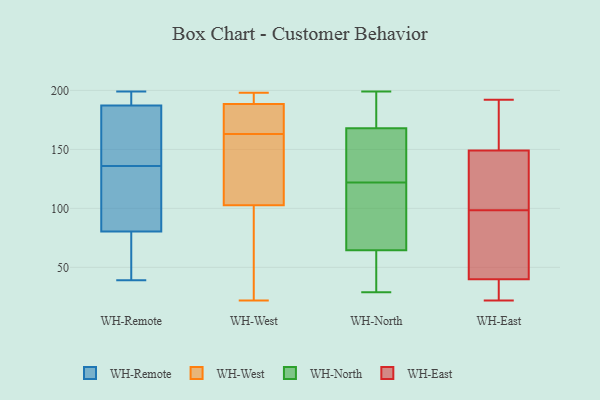
{"axis": {"x": "Production Output", "y": "Value"}, "legend": ["WH-East", "WH-North", "WH-Remote", "WH-West"], "data": [{"x": "", "y": 93, "type": "WH-Remote"}, {"x": "", "y": 82, "type": "WH-Remote"}, {"x": "", "y": 142, "type": "WH-Remote"}, {"x": "", "y": 52, "type": "WH-Remote"}, {"x": "", "y": 188, "type": "WH-Remote"}, {"x": "", "y": 187, "type": "WH-Remote"}, {"x": "", "y": 76, "type": "WH-Remote"}, {"x": "", "y": 199, "type": "WH-Remote"}, {"x": "", "y": 39, "type": "WH-Remote"}, {"x": "", "y": 89, "type": "WH-Remote"}, {"x": "", "y": 156, "type": "WH-Remote"}, {"x": "", "y": 136, "type": "WH-Remote"}, {"x": "", "y": 196, "type": "WH-Remote"}, {"x": "", "y": 172, "type": "WH-West"}, {"x": "", "y": 131, "type": "WH-West"}, {"x": "", "y": 120, "type": "WH-West"}, {"x": "", "y": 33, "type": "WH-West"}, {"x": "", "y": 189, "type": "WH-West"}, {"x": "", "y": 22, "type": "WH-West"}, {"x": "", "y": 47, "type": "WH-West"}, {"x": "", "y": 198, "type": "WH-West"}, {"x": "", "y": 162, "type": "WH-West"}, {"x": "", "y": 163, "type": "WH-West"}, {"x": "", "y": 192, "type": "WH-West"}, {"x": "", "y": 187, "type": "WH-West"}, {"x": "", "y": 179, "type": "WH-West"}, {"x": "", "y": 97, "type": "WH-West"}, {"x": "", "y": 195, "type": "WH-West"}, {"x": "", "y": 59, "type": "WH-North"}, {"x": "", "y": 156, "type": "WH-North"}, {"x": "", "y": 124, "type": "WH-North"}, {"x": "", "y": 49, "type": "WH-North"}, {"x": "", "y": 49, "type": "WH-North"}, {"x": "", "y": 81, "type": "WH-North"}, {"x": "", "y": 172, "type": "WH-North"}, {"x": "", "y": 122, "type": "WH-North"}, {"x": "", "y": 29, "type": "WH-North"}, {"x": "", "y": 113, "type": "WH-North"}, {"x": "", "y": 114, "type": "WH-North"}, {"x": "", "y": 175, "type": "WH-North"}, {"x": "", "y": 190, "type": "WH-North"}, {"x": "", "y": 32, "type": "WH-North"}, {"x": "", "y": 135, "type": "WH-North"}, {"x": "", "y": 197, "type": "WH-North"}, {"x": "", "y": 151, "type": "WH-North"}, {"x": "", "y": 95, "type": "WH-North"}, {"x": "", "y": 199, "type": "WH-North"}, {"x": "", "y": 102, "type": "WH-East"}, {"x": "", "y": 22, "type": "WH-East"}, {"x": "", "y": 98, "type": "WH-East"}, {"x": "", "y": 177, "type": "WH-East"}, {"x": "", "y": 192, "type": "WH-East"}, {"x": "", "y": 98, "type": "WH-East"}, {"x": "", "y": 29, "type": "WH-East"}, {"x": "", "y": 99, "type": "WH-East"}, {"x": "", "y": 40, "type": "WH-East"}, {"x": "", "y": 149, "type": "WH-East"}]}